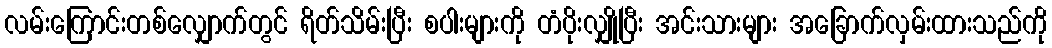
လမ်းကြောင်းတစ်လျှောက်တွင် ရိတ်သိမ်းပြီး စပါးများကို တံပိုးလျှိုပြီး အင်းသားများ အခြောက်လှမ်းထားသည်ကို